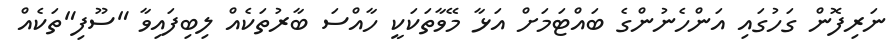
ނަރިފޮން ގަހުގައި އަންހެނުންގެ ބައްޓަމަށް އަޅާ މޭވާތަކަކީ ހާއްސަ ބާރުތަކެއް ލިބިފައިވާ "ސޫފި"ތަކެއް